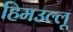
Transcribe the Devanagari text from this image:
हिमउल्लू